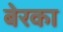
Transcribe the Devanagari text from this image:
बेरका